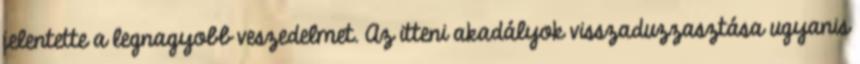
jelentette a legnagyobb veszedelmet. Az itteni akadályok visszaduzzasztása ugyanis